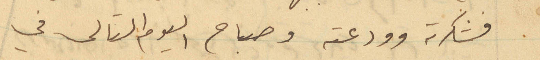
فشكرته وودعته وصباح اليوم التالي في